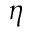
\eta